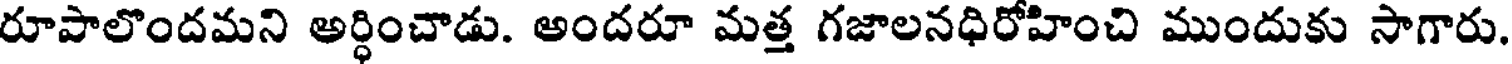
రూపాలొందమని అర్ధించాడు. అందరూ మత్త గజాలనధిరోహించి ముందుకు సాగారు.